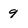
Character: 9